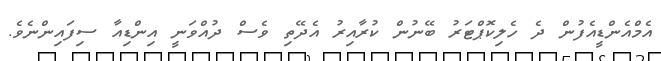
އެމްއެންޑީއެފުން ދެ ހެލިކޮޕްޓަރު ބޭނުން ކުރާއިރު އެދޭތި ވެސް ދުއްވަނީ އިންޑިއާ ސިފައިންނެވެ.